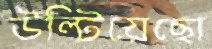
উল্টিয়েছো